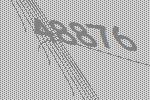
48876